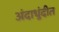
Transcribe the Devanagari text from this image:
अंदाधुंदीत